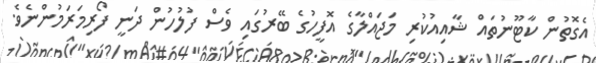
އެގޮތުން ކާޓޫނުތައް ޝާއިއުކުރި މަޖައްލާގެ އޮފީހުގެ ބޭރުގައި ވެސް ފުލުހުން ދަނީ ފޯރިމަރަމުންނެވެ.